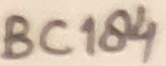
Text: BC184